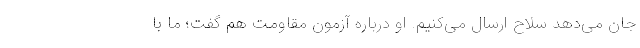
جان می‌دهد سلاح ارسال می‌کنیم. او درباره آزمون مقاومت هم گفت؛ ما با